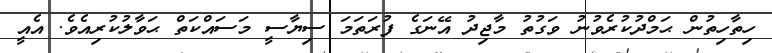
ހިތާހިތުން ޙަމްދުކުރެވުނު ވަގުތު މާޖިދު އޭނަގެ ފުރަތަމަ ސިޔާސީ މަސައްކަތް ޙަވާލުކުރިއެވެ. އެއީ